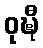
ဝုဍ္ဎီ